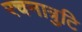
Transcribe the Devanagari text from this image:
रचनात्रुटि